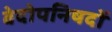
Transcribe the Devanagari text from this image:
वेदोपनिषदों